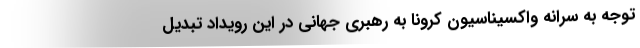
توجه به سرانه واکسیناسیون کرونا به رهبری جهانی در این رویداد تبدیل